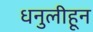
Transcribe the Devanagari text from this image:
धनुलीहून